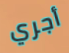
أجري